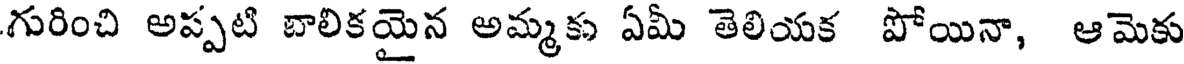
గురించి అప్పటి బాలికయైన అమ్మకు ఏమీ తెలియక పోయినా, ఆమెకు